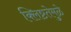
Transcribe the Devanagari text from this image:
क्लिष्टतेमुळे